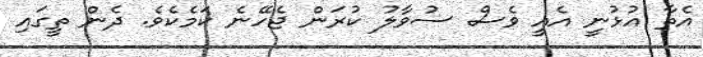
އެތާ އުޅުނީ އެއީ ވެސް ސުވާލު ކުރަން ޖެހޭނެ ކަމެކެވެ. ދެން ތީގައި